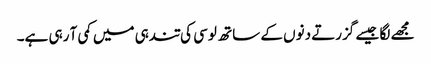
مجھے لگا جیسے گزرتے دنوں کے ساتھ لوسی کی تندہی میں کمی آ رہی ہے۔